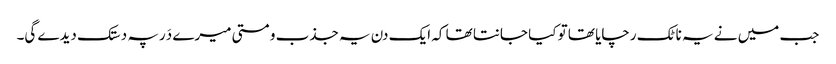
جب میں نے یہ ناٹک رچایا تھا تو کیا جانتا تھا کہ ایک دن یہ جذب و مستی میرے دَر پہ دستک دیدے گی۔